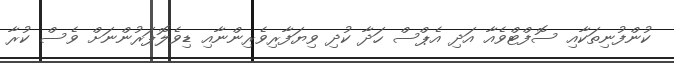
ކުންފުނިތަކާއި ސޮފްޓްވެއާ އަދި އެޕްސް ހަދާ ކުދި ވިޔަފާރިވެރިންނާއި ޑިވެލޮޕަރުންނަށް ވެސް ކުރާ